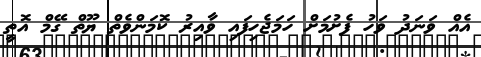
އެއް ވަނަދު ވަހު ފެށުމަށް ހަމަޖެހިފައި ވާއިރު ކޮމަންވެތް ޔޫތް ގޭމް އޮތީ